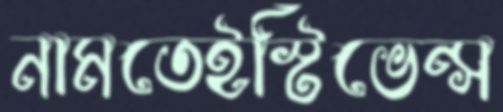
নামতেইস্টিভেন্স